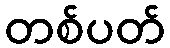
တစ်ပတ်